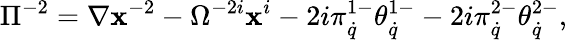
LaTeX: \Pi^{-2}=\nabla\mathbf{x}^{-2}-\Omega^{-2i}\mathbf{x}^{i}-2i\pi_{\dot{{q}}}^{1-}\theta_{\dot{{q}}}^{1-}-2i\pi_{\dot{{q}}}^{2-}\theta_{\dot{{q}}}^{2-},